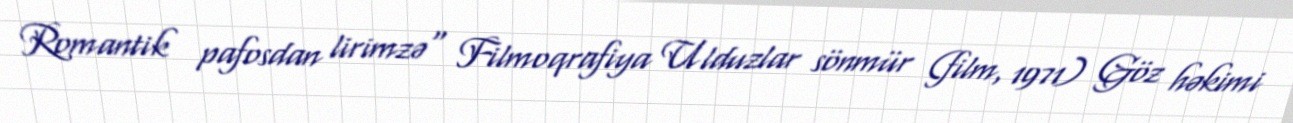
Romantik pafosdan lirimzə" Filmoqrafiya Ulduzlar sönmür (film, 1971) Göz həkimi